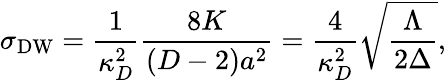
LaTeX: \sigma_{\mathrm{DW}}={\frac{1}{\kappa_{D}^{2}}}{\frac{8K}{(D-2)a^{2}}}={\frac{4}{\kappa_{D}^{2}}}\sqrt{\frac{\Lambda}{2\Delta}},